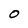
Character: O